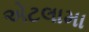
એટલામા